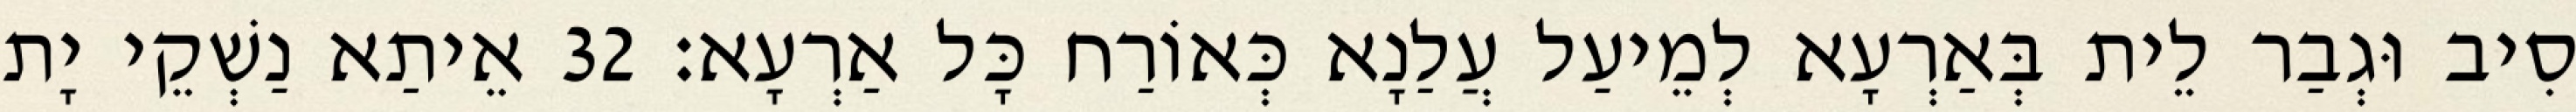
סִיב וּגְבַר לֵית בְּאַרְעָא לְמֵיעַל עֲלַנָא כְּאוֹרַח כָּל אַרְעָא׃ 32 אֵיתַא נַשְׁקֵי יָת